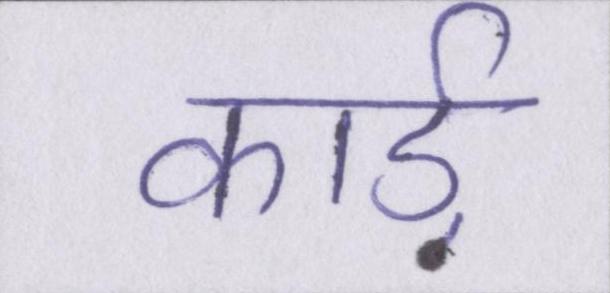
कार्ड़